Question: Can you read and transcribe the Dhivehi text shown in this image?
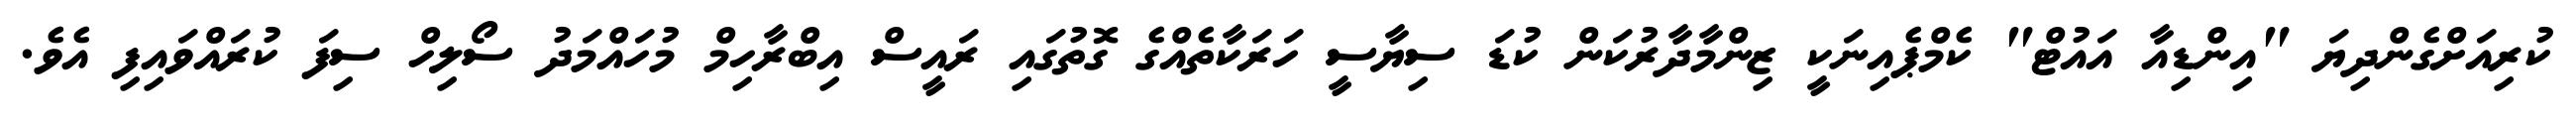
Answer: ކުރިއަށްގެންދިޔަ "އިންޑިއާ އައުޓް" ކެމްޕެއިނަކީ ޒިންމާދާރުކަން ކުޑަ ސިޔާސީ ހަރަކާތެއްގެ ގޮތުގައި ރައީސް އިބްރާހިމް މުހައްމަދު ސޯލިހް ސިފަ ކުރައްވައިފި އެވެ.